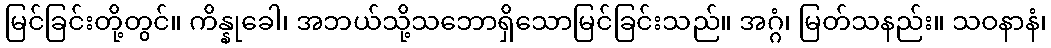
မြင်ခြင်းတို့တွင်။ ကိန္နုခေါ၊ အဘယ်သို့သဘောရှိသောမြင်ခြင်းသည်။ အဂ္ဂံ၊ မြတ်သနည်း။ သဝနာနံ၊